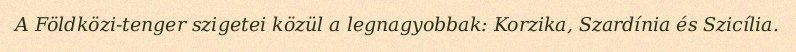
A Földközi-tenger szigetei közül a legnagyobbak: Korzika, Szardínia és Szicília.